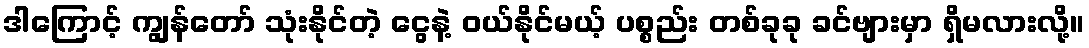
ဒါကြောင့် ကျွန်တော် သုံးနိုင်တဲ့ ငွေနဲ့ ဝယ်နိုင်မယ့် ပစ္စည်း တစ်ခုခု ခင်ဗျားမှာ ရှိမလားလို့။